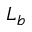
L _ { b }